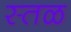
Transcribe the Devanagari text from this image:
स्तळ